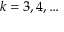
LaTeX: k = 3 , 4 , \dots